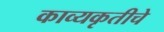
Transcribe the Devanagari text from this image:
काव्यकृतीचे